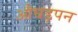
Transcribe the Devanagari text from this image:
औघड़पन